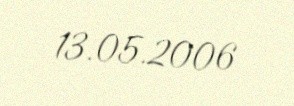
13.05.2006